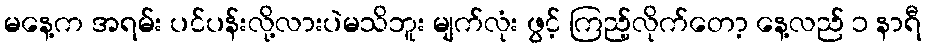
မနေ့က အရမ်း ပင်ပန်းလို့လားပဲမသိဘူး မျက်လုံး ဖွင့် ကြည့်လိုက်တော့ နေ့လည် ၁ နာရီ